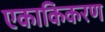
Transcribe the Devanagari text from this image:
एकाकिकरण